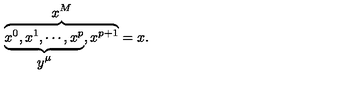
\overbrace { \underbrace { x ^ { 0 } , x ^ { 1 } , \cdots , x ^ { p } } _ { \displaystyle { y ^ { \mu } } } , x ^ { p + 1 } } ^ { \displaystyle { x ^ { M } } } = x .